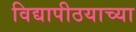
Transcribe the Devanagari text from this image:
विद्यापीठयाच्या